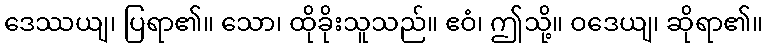
ဒေဿယျ၊ ပြရာ၏။ သော၊ ထိုခိုးသူသည်။ ဧဝံ၊ ဤသို့။ ဝဒေယျ၊ ဆိုရာ၏။